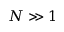
N \gg 1